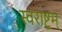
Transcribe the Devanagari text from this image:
स्वराष्ट्रम्‌